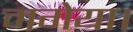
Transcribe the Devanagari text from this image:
मगेया।